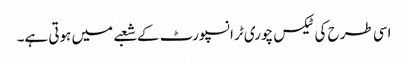
اسی طرح کی ٹیکس چوری ٹرانسپورٹ کے شعبے میں ہوتی ہے۔